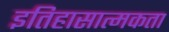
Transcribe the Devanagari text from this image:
इतिहासात्मकता